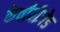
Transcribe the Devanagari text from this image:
केवीवीजेड